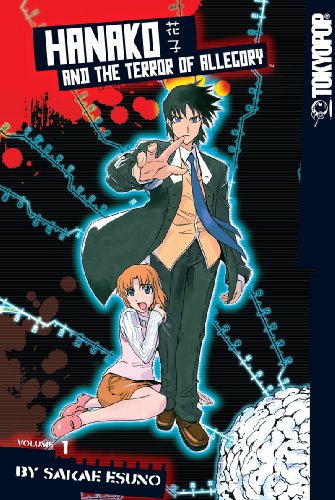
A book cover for Hanako and the Terror of Allegory, Vol. 1; Sakae Esuno; Humor & Entertainment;